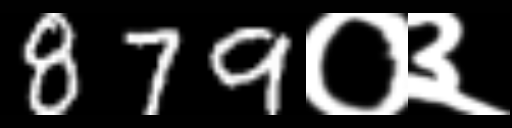
Text: 879०३